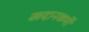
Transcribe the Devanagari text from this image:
खदानकर्मी